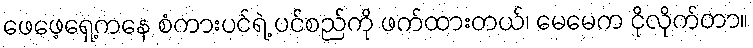
ဖေဖေ့ရှေ့ကနေ စံကားပင်ရဲ့ ပင်စည်ကို ဖက်ထားတယ်၊ မေမေက ငိုလိုက်တာ။